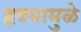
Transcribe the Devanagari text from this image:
हृदयामुळे